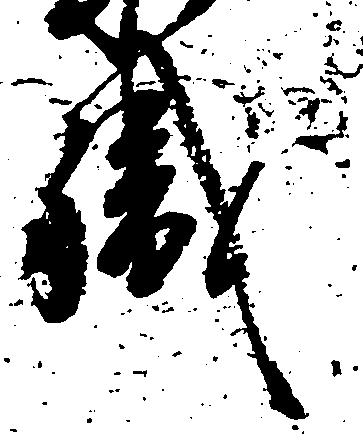
職